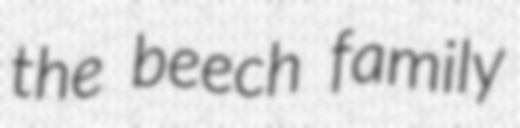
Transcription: the beech family